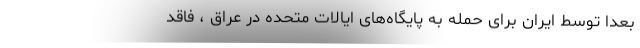
بعدا توسط ایران برای حمله به پایگاه‌های ایالات متحده در عراق ، فاقد